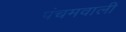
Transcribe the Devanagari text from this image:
पंचमवाली